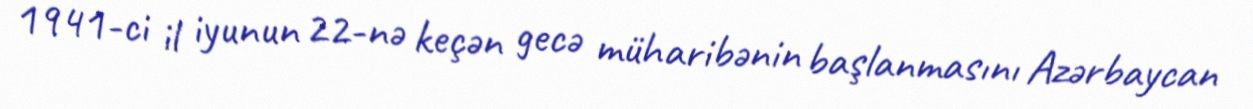
1941-ci il iyunun 22-nə keçən gecə müharibənin başlanmasını Azərbaycan